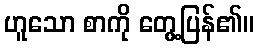
ဟူသော စာကို တွေ့ပြန်၏။